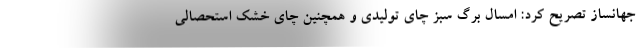
جهانساز تصریح کرد: امسال برگ سبز چای تولیدی و همچنین چای خشک استحصالی